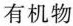
有机物